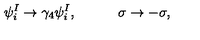
\psi _ { i } ^ { I } \rightarrow \gamma _ { 4 } \psi _ { i } ^ { I } , \qquad \quad \sigma \rightarrow - \sigma ,